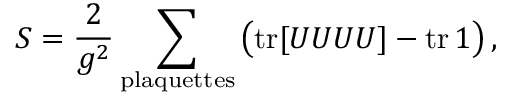
S = { \frac { 2 } { g ^ { 2 } } } \sum _ { \mathrm { p l a q u e t t e s } } \big ( \mathrm { t r } [ U U U U ] - \mathrm { t r } \, 1 \big ) \, ,